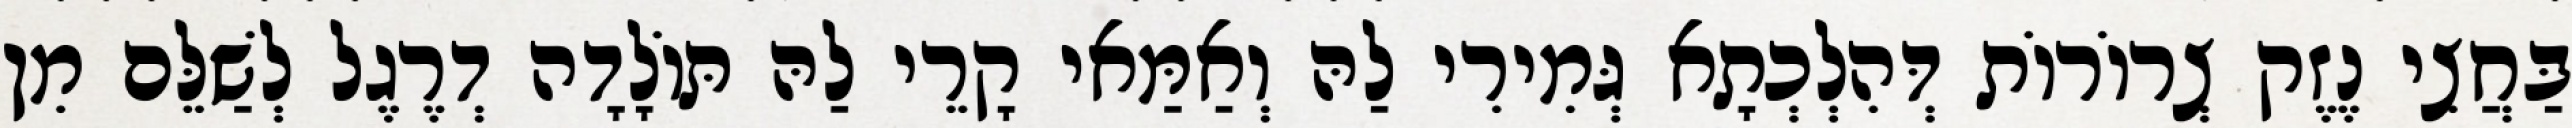
בַּחֲצִי נֶזֶק צְרוֹרוֹת דְּהִלְכְתָא גְּמִירִי לַהּ וְאַמַּאי קָרֵי לַהּ תּוֹלָדָה דְרֶגֶל לְשַׁלֵּם מִן